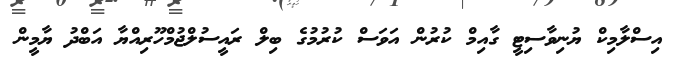
އިސްލާމިކް ޔުނިވާސިޓީ ގާއިމް ކުރުން އަވަސް ކުރުމުގެ ބިލް ރައީސުލްޖުމްހޫރިއްޔާ އަބްދު ޔާމީން